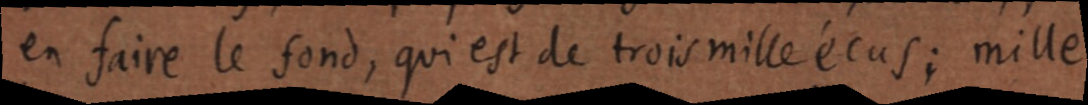
en faire le fond, qui est de trois mille écus; mille